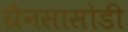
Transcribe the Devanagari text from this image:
ग्रैनसासोडी